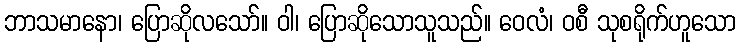
ဘာသမာနော၊ ပြောဆိုလသော်။ ဝါ၊ ပြောဆိုသောသူသည်။ ဝေလံ၊ ဝစီ သုစရိုက်ဟူသော